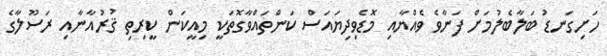
ހަށިގަނޑު ބަލާބެލުމަށް ފަނާވެ ވެއްޔާއި މޮޑެވިދިޔައަސް ކަންތައްވާގޮތަކީ މިއީކަން ކީރިތި ޤުރުއާނާއި ރަސޫލާގެ